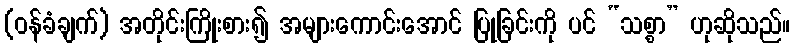
(ဝန်ခံချက်) အတိုင်းကြိုးစား၍ အများကောင်းအောင် ပြုခြင်းကို ပင် “သစ္စာ” ဟုဆိုသည်။